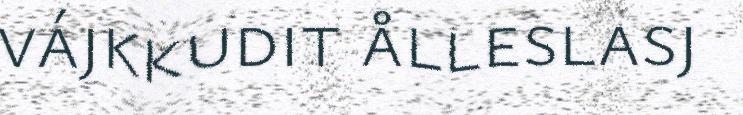
vájkkudit ålleslasj